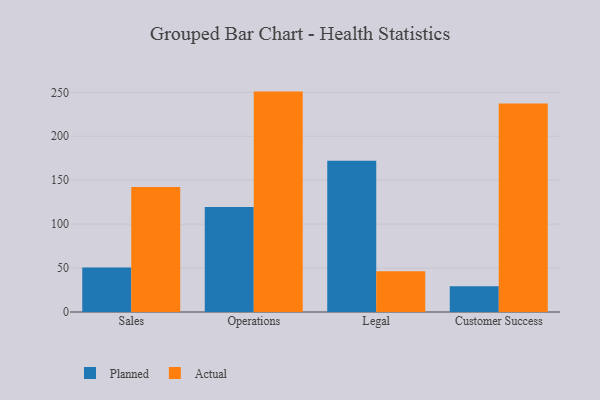
{"axis": {"x": "Department", "y": "Production Output"}, "legend": ["Actual", "Planned"], "data": [{"x": "Sales", "y": 50.6, "type": "Planned"}, {"x": "Sales", "y": 142.3, "type": "Actual"}, {"x": "Operations", "y": 119.4, "type": "Planned"}, {"x": "Operations", "y": 250.8, "type": "Actual"}, {"x": "Legal", "y": 172.2, "type": "Planned"}, {"x": "Legal", "y": 46.5, "type": "Actual"}, {"x": "Customer Success", "y": 29.3, "type": "Planned"}, {"x": "Customer Success", "y": 237.2, "type": "Actual"}]}